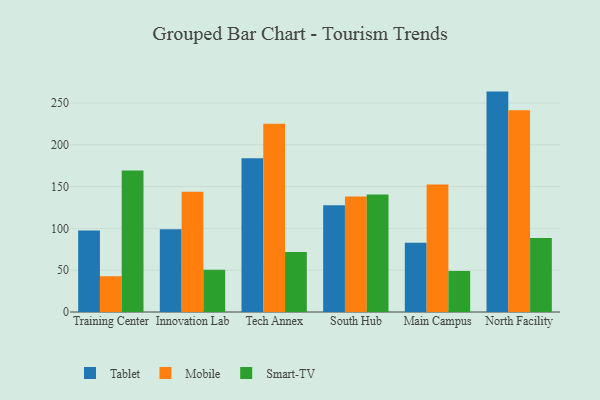
{"axis": {"x": "Campus", "y": "Customer Acquisition Cost (USD)"}, "legend": ["Mobile", "Smart-TV", "Tablet"], "data": [{"x": "Training Center", "y": 97.4, "type": "Tablet"}, {"x": "Training Center", "y": 42.8, "type": "Mobile"}, {"x": "Training Center", "y": 169.1, "type": "Smart-TV"}, {"x": "Innovation Lab", "y": 99.0, "type": "Tablet"}, {"x": "Innovation Lab", "y": 143.8, "type": "Mobile"}, {"x": "Innovation Lab", "y": 50.4, "type": "Smart-TV"}, {"x": "Tech Annex", "y": 183.9, "type": "Tablet"}, {"x": "Tech Annex", "y": 225.0, "type": "Mobile"}, {"x": "Tech Annex", "y": 71.7, "type": "Smart-TV"}, {"x": "South Hub", "y": 127.7, "type": "Tablet"}, {"x": "South Hub", "y": 138.1, "type": "Mobile"}, {"x": "South Hub", "y": 140.6, "type": "Smart-TV"}, {"x": "Main Campus", "y": 82.9, "type": "Tablet"}, {"x": "Main Campus", "y": 152.5, "type": "Mobile"}, {"x": "Main Campus", "y": 49.1, "type": "Smart-TV"}, {"x": "North Facility", "y": 263.6, "type": "Tablet"}, {"x": "North Facility", "y": 241.4, "type": "Mobile"}, {"x": "North Facility", "y": 88.4, "type": "Smart-TV"}]}